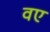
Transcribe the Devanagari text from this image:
वए